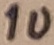
Text: 1u